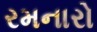
રમનારો